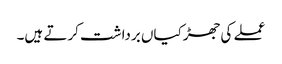
عملے کی جھڑکیاں برداشت کرتے ہیں۔